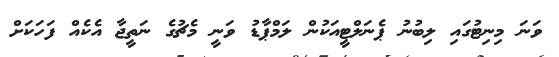
ވަނަ މިނިޓުގައި ލިބުނު ޕެނަލްޓީއަކުން ލަމްޕާޑު ވަނީ މެޗުގެ ނަތީޖާ އެކެއް ފަހަކަށް